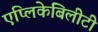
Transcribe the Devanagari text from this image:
एप्लिकेबिलीटी